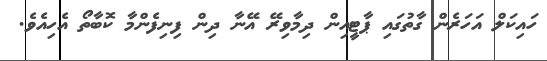
ހައިކަލް އަހަރެން ގާތުގައި ޕާޓީއިން ދިމާވިރޭ އޭނާ ދިން ފިނިފެންމާ ކޮބާތޯ އެހިއެވެ.